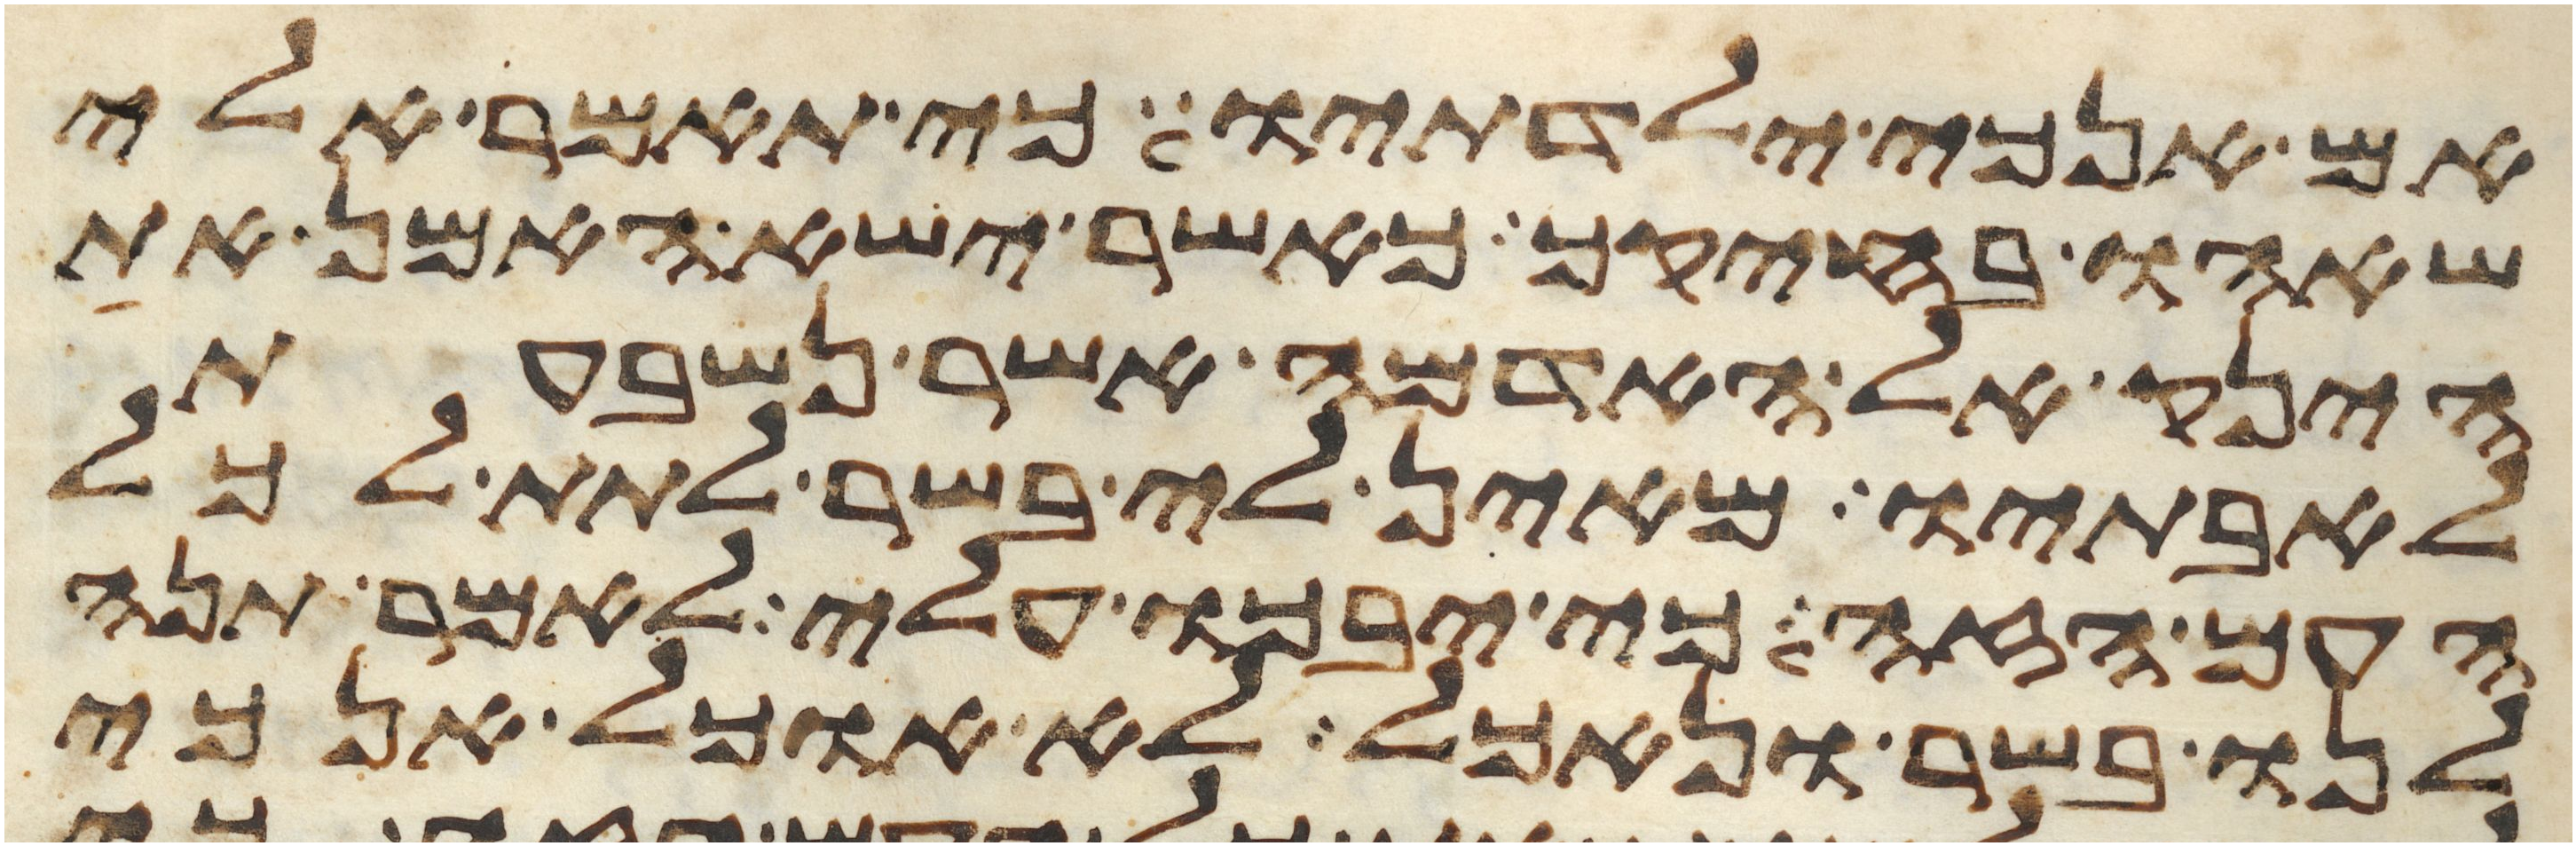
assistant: אם אנכי ילדתיו כי תאמר אלי
שאהו בחיקך כאשר ישא האמן את
הינק אל האדמה אשר נשבעת
לאבתיו מאין לי בשר לתת לכל
העם הזה כי יבכו עלי לאמר תנה
לנו בשר ונאכל לא אוכל אנכי